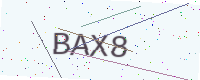
Text: BAX8